NAE_eestikeelseid_kaarte, lk 5
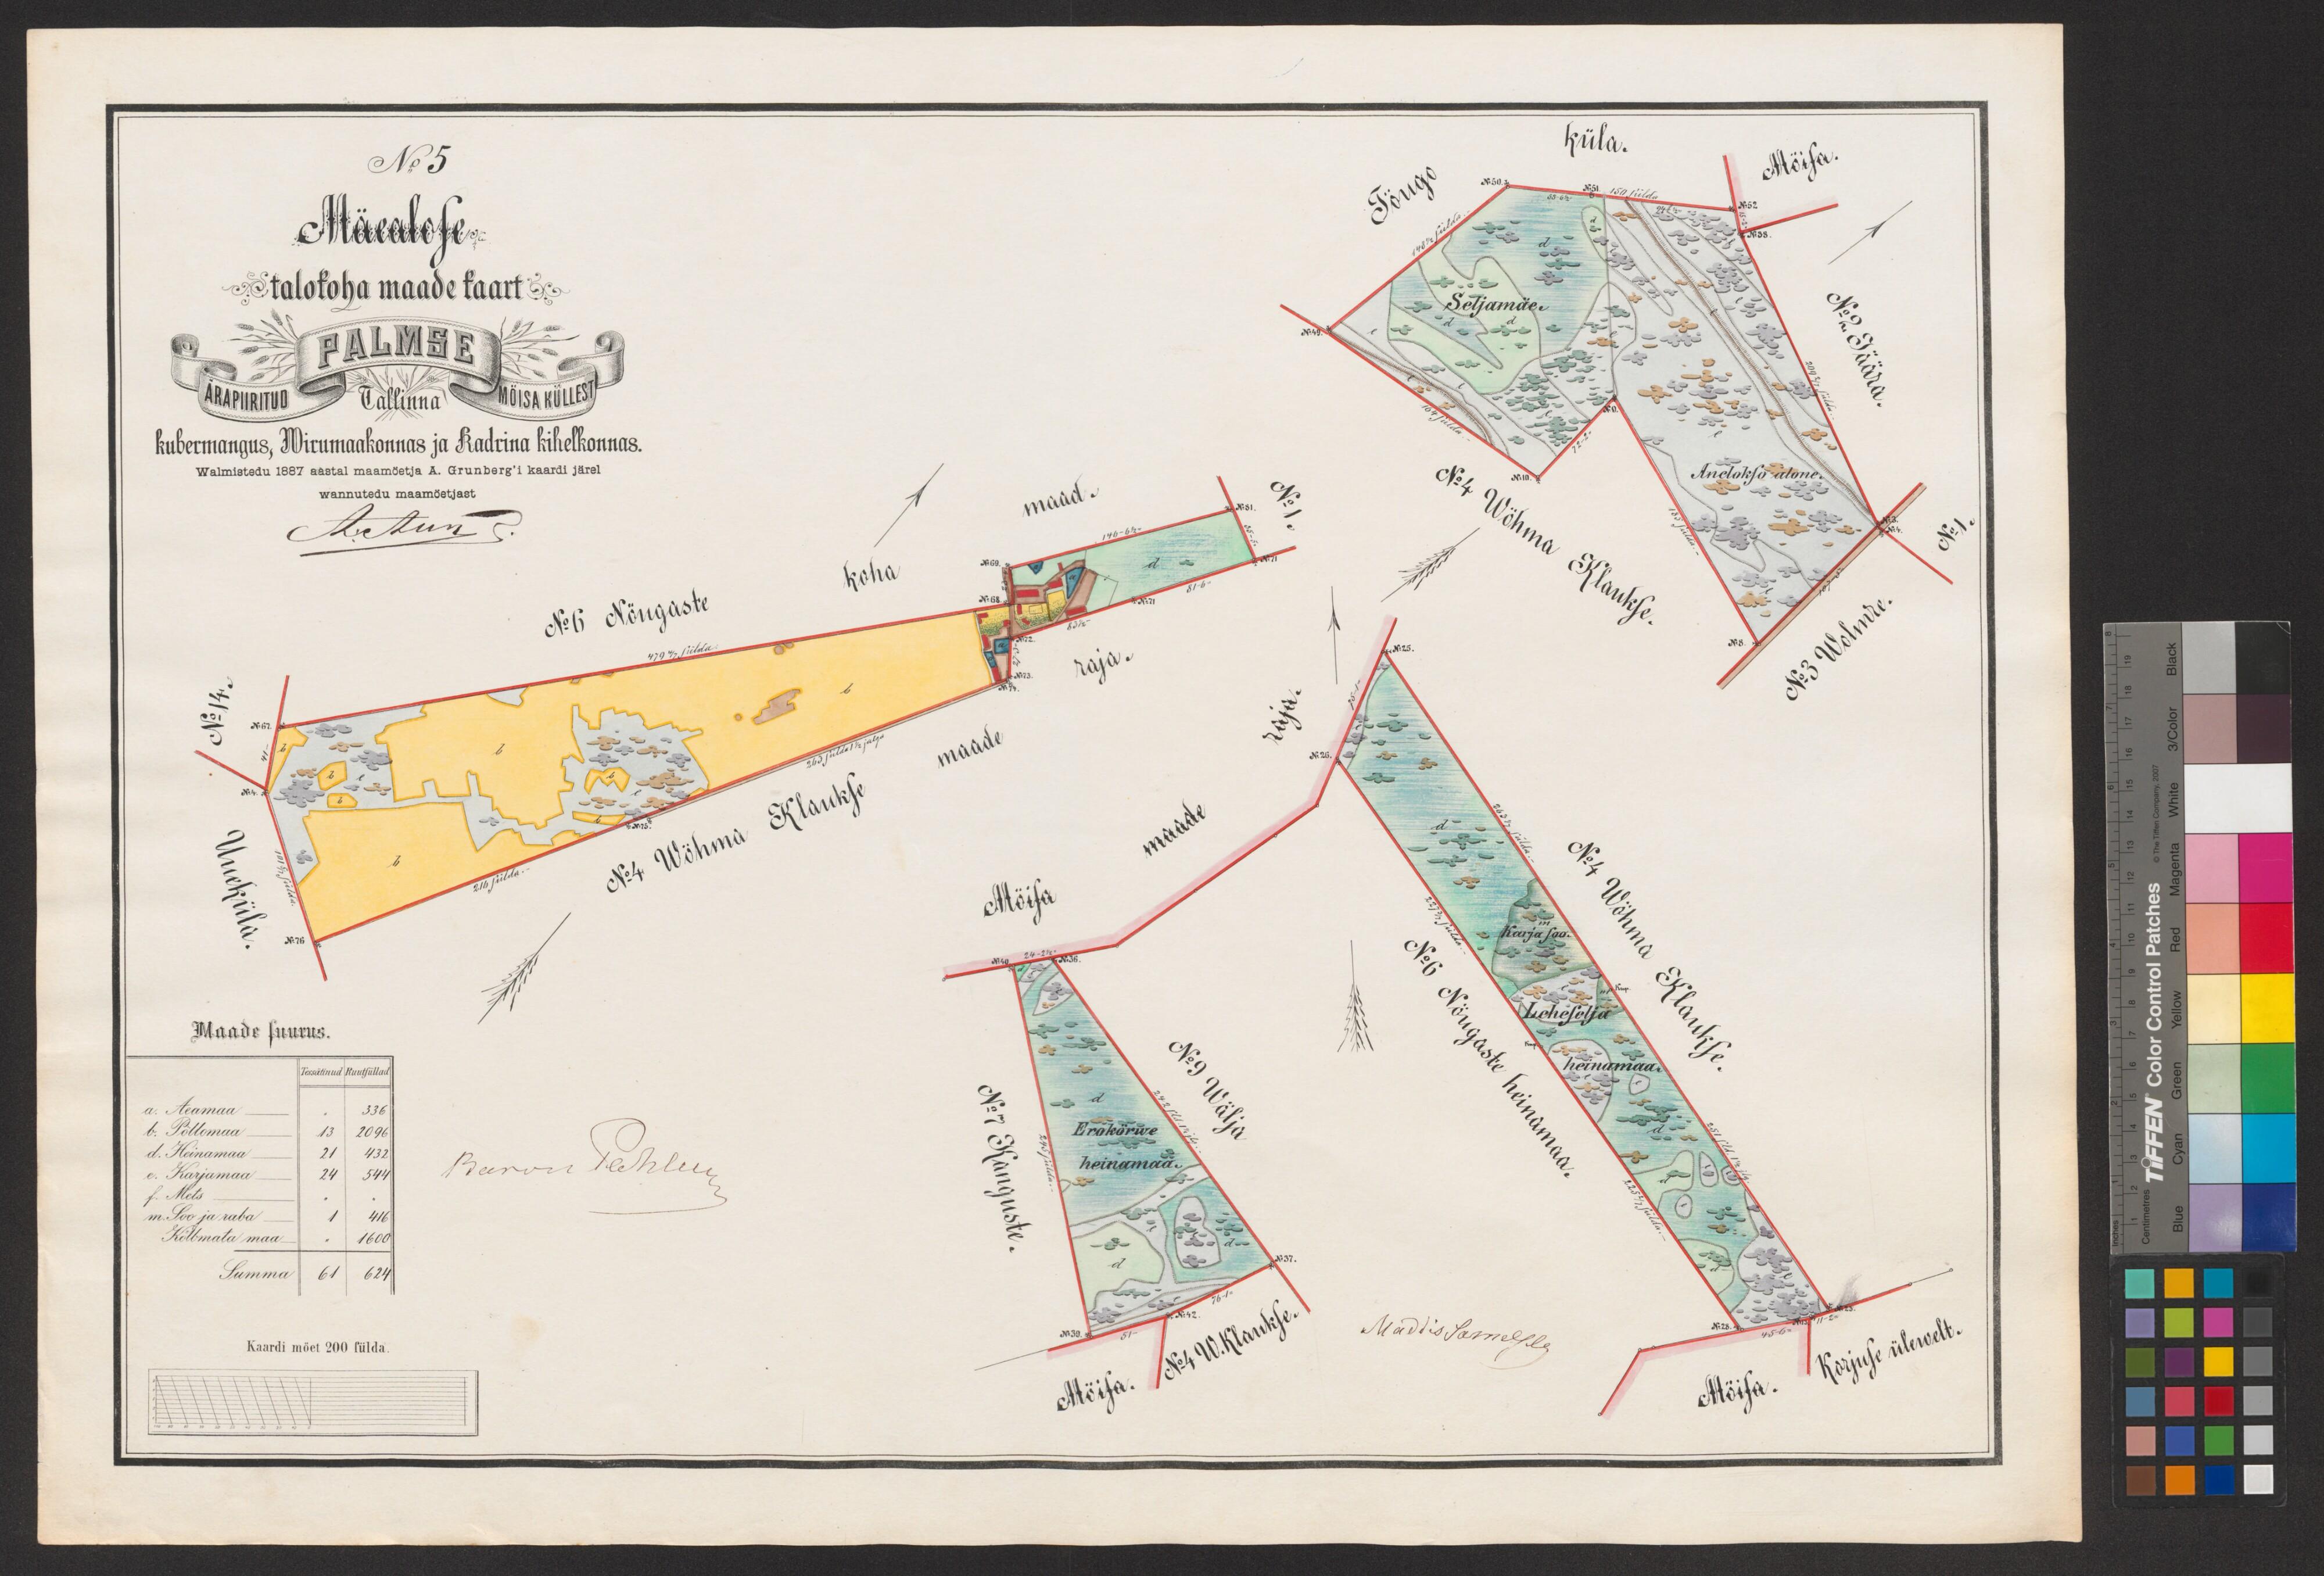
küla.
No 5
Mäealose
talokoha maade kaart
Seljamäe
Kubermangus, Wiru maakonnas ja Kadrina kihelkonnas.
Anelokso alone.
Walmstedu 1887 aastal maamöetja A. Grunbergi kaardi järel
wannutedu maamöetjast
Karja soo.
Leheselja
Maade suurus.
heinamaa.
a. Aeamaa
Erokörwe
b. Pöllomaa
d. Heinamaa
heinamaa.
e. Karjamaa
f. Mets
m. Soo ja raba
Kölbmata maa
Summa
Kaardi möet 200 sülda